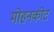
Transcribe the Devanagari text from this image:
मोहनकोट